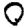
Digit: 0